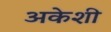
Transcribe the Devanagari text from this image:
अकेशी